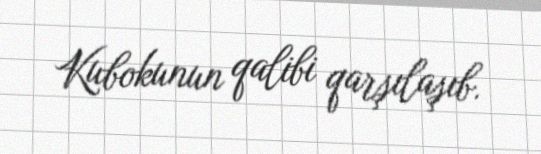
Kubokunun qalibi qarşılaşıb.